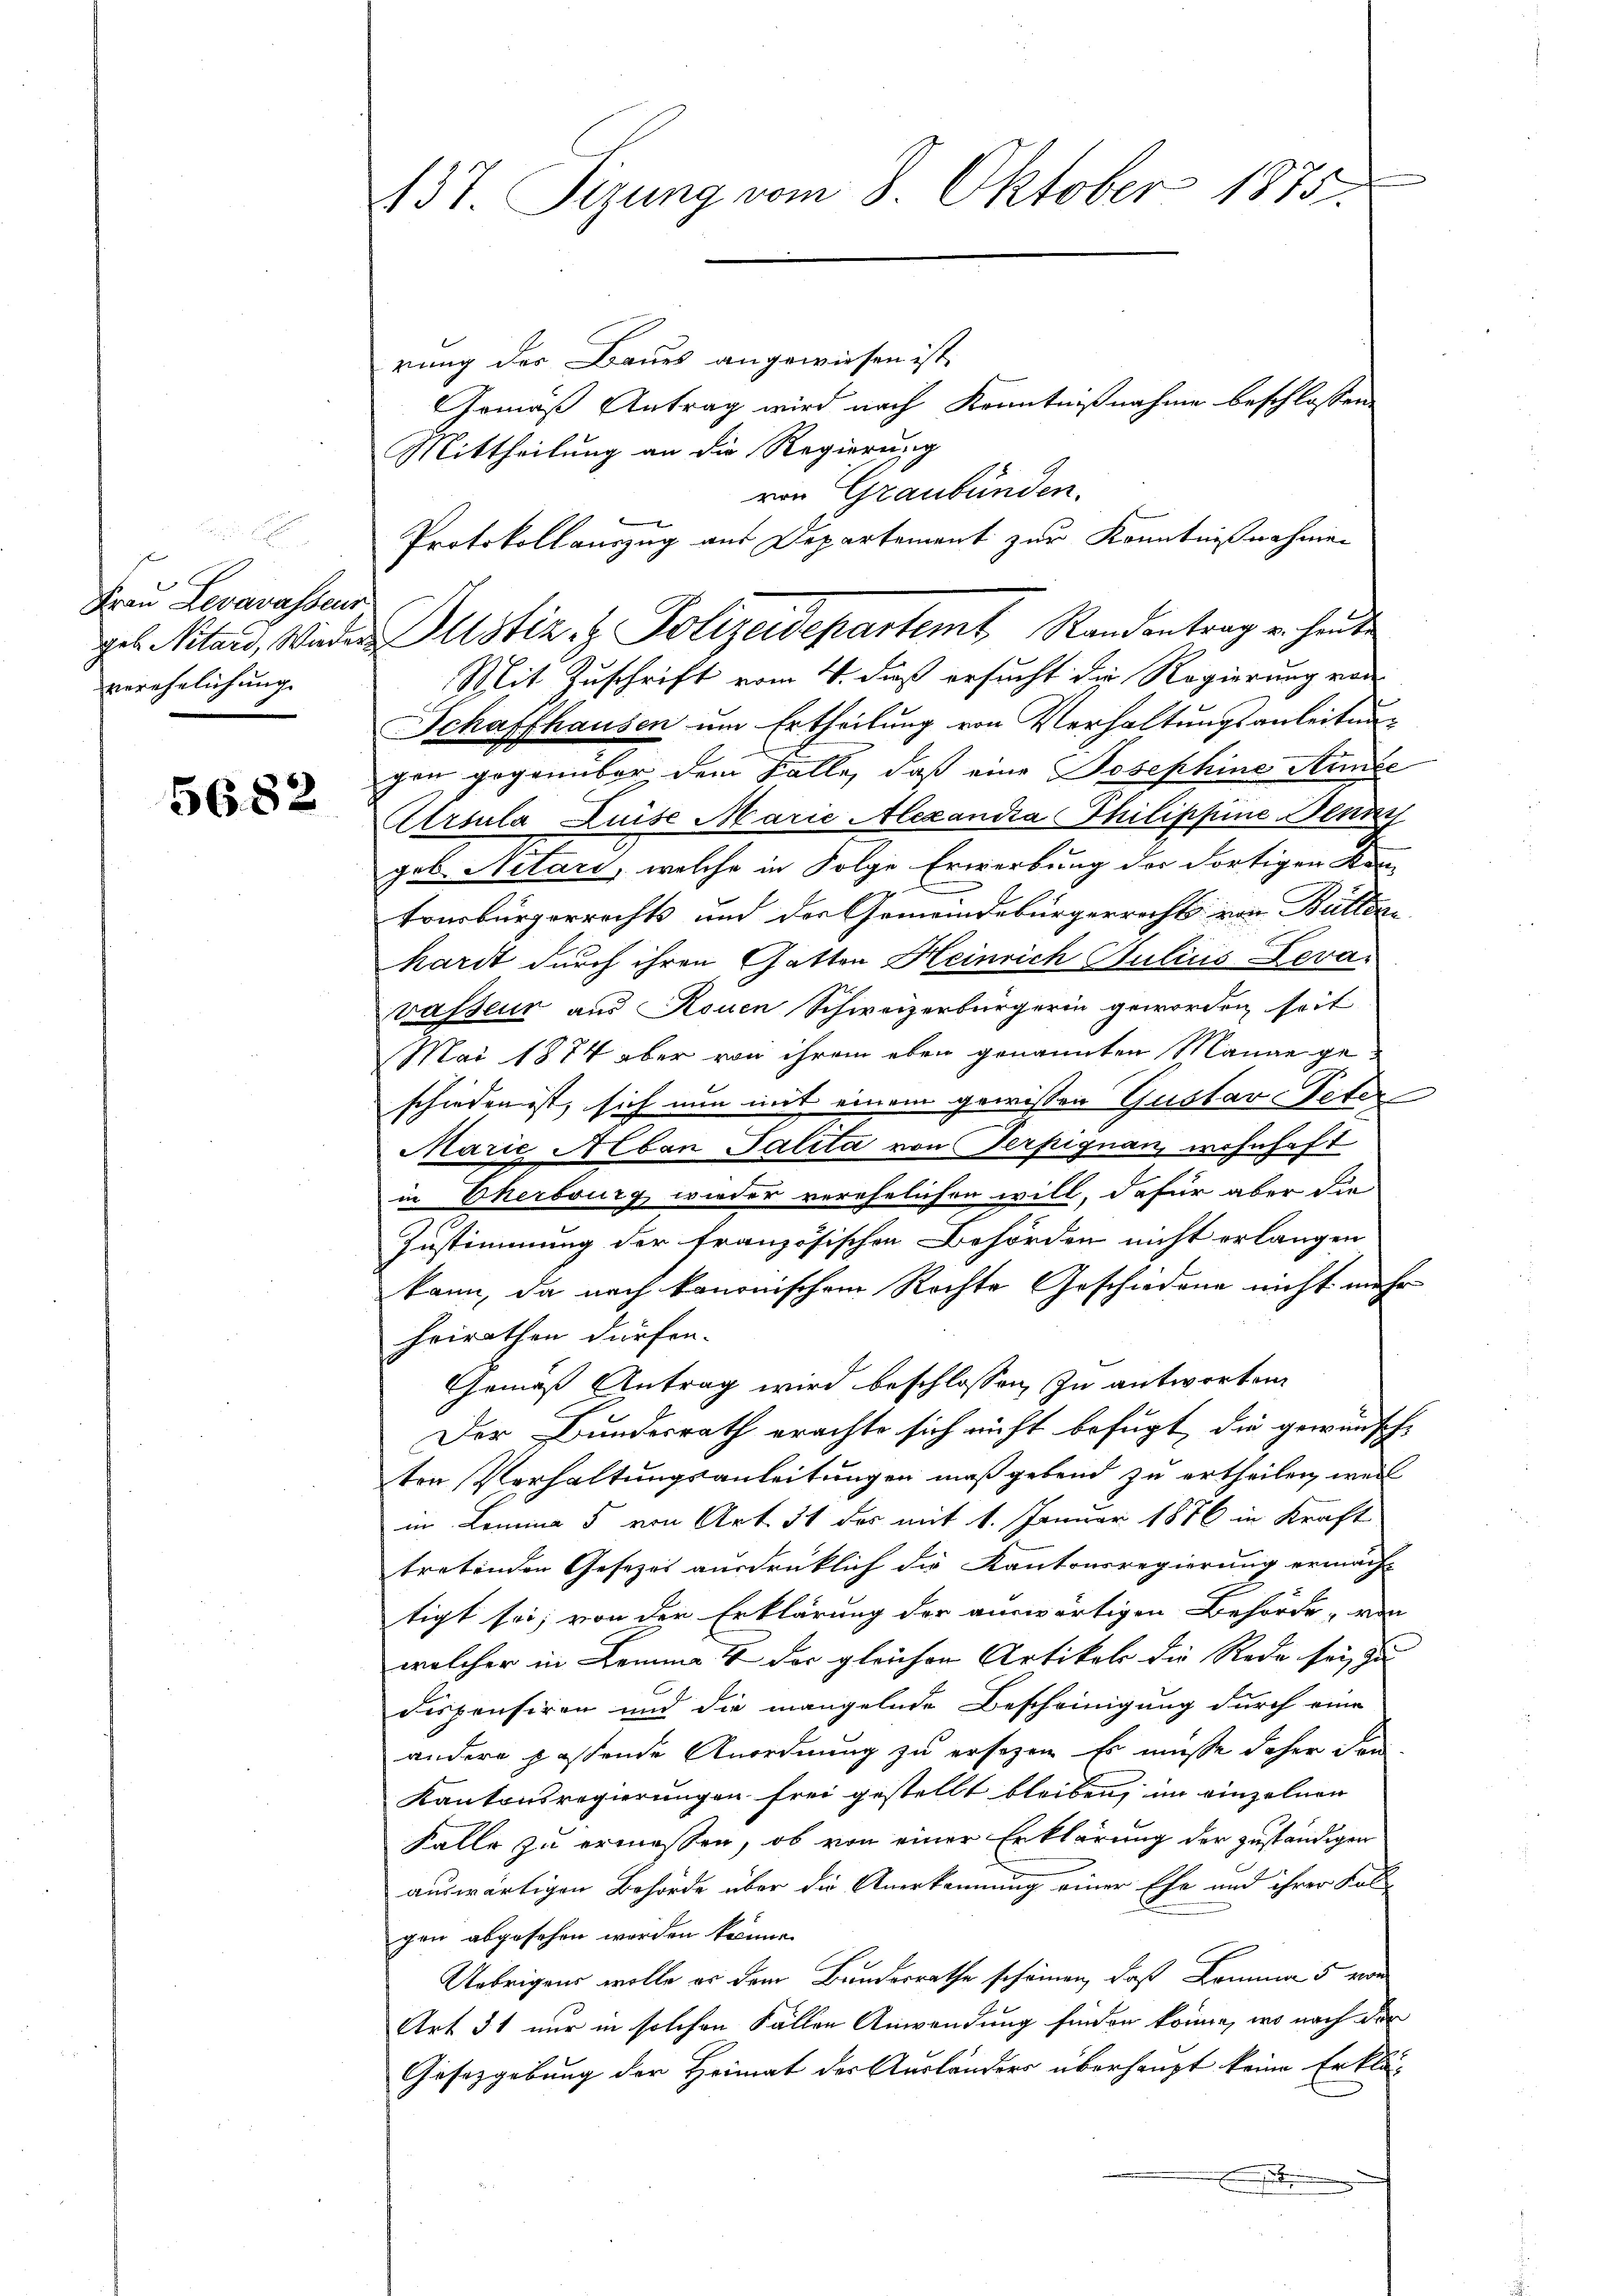
Frau Levavasseur
geb. Nitari, Wiederverehelichung

5682

137 Sizung vom 8. Oktober 1875.
rung des Baues angewiesen ist.
Gemäß Antrag wird nach Kenntnißnahme beschlossen
Mittheilung an die Regierung

von Graubünden.
Protokollauszug aus Departement zur Kenntnißnahmen
Mit Zuschrift vom 4. daß ersucht die Regierung von
Schaffhausen um Ertheilung von Verhaltungsanleitungen gegenüber dem Falle, daß eine Josephine Stunde
Ursula Luise Marie Alexandia Philippine Benni
geb. Nitari, welche in Folge Erwerbung der dortigen Kan
tonsbürgerrechts und der Gemeindebürgerrecht von Bülleri
hardt durch ihren Gatten Heinrich Julius Levai
vasseur aus Rouen Schweizerbürgerin geworden seit
Mai 1874 aber von ihrem eben genannten Mange geschieden ist, sich nun mit einem gewissen Gustav Peter
Marie Aban Palita von Gerfignan, wohnhaft
in Eherburg, wieder verehelichen will, dafür aber die
Zustimmung der französischen Behörden nicht erlangen
kann, da nach kanonischem Rechte Geschiedene nicht mehr
heirathen dürfen.
Gemäß Antrag wird beschlossen, in antworten
Der Bundesrath erachte sich nicht befugt, die gewünsch-
ten Verhaltungsanleitungen maßgebend zu ertheilen, weil
im Lomina 5 von Art. 51 des mit 1. Januar 1876 in Kraft
tretenden Gesezes ausdrüklich die Kantonsregierung ermacht
tigt sei; von der Erklärung der auswärtigen Behörde, von
welcher in Komma 2 der gleichen Artikels die Rede sei, zu
dispensiren und die mangelnde Bescheinigung durch eine
andere passende Anordnung zu ersezen. Es müsse daher den
Kantonsregierungen frei gestellt bleiben, im einzelnen
Falle zu ermessen, ob von einer Erklärung der zuständigen
auswärtigen Behörde über die Anerkennung einer Ehe und ihrer Fol-
gen abgesehen worden könne.
Uebrigens wolle er dem Bundesrathe schönen, daß Komma 5 von
Art 51 nur in solchen Fällen Anwendung finden könne, wo nach der
Gesetzgebung der Heimat der Ausländers überhaupt keine Erklä-

Justiz & Polizeidepartemt Randantrag u. heute